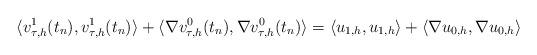
LaTeX: \begin{align*} \langle v^1_{\tau,h}(t_n) , v^1_{\tau,h} (t_n)\rangle + \langle \nabla v^0_{\tau,h}(t_n), \nabla v^0_{\tau,h}(t_n)\rangle = \langle u_{1,h} , u_{1,h} \rangle + \langle \nabla u_{0,h}, \nabla u_{0,h}\rangle\end{align*}